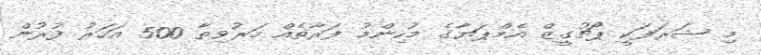
މި ޝަރަފަކީ ޕޯޗުގީޒް އެމްޕަޔާގެ މުހިންމު ފަރާތެއް މަރުވިތާ 500 އަހަރު ފުރުން